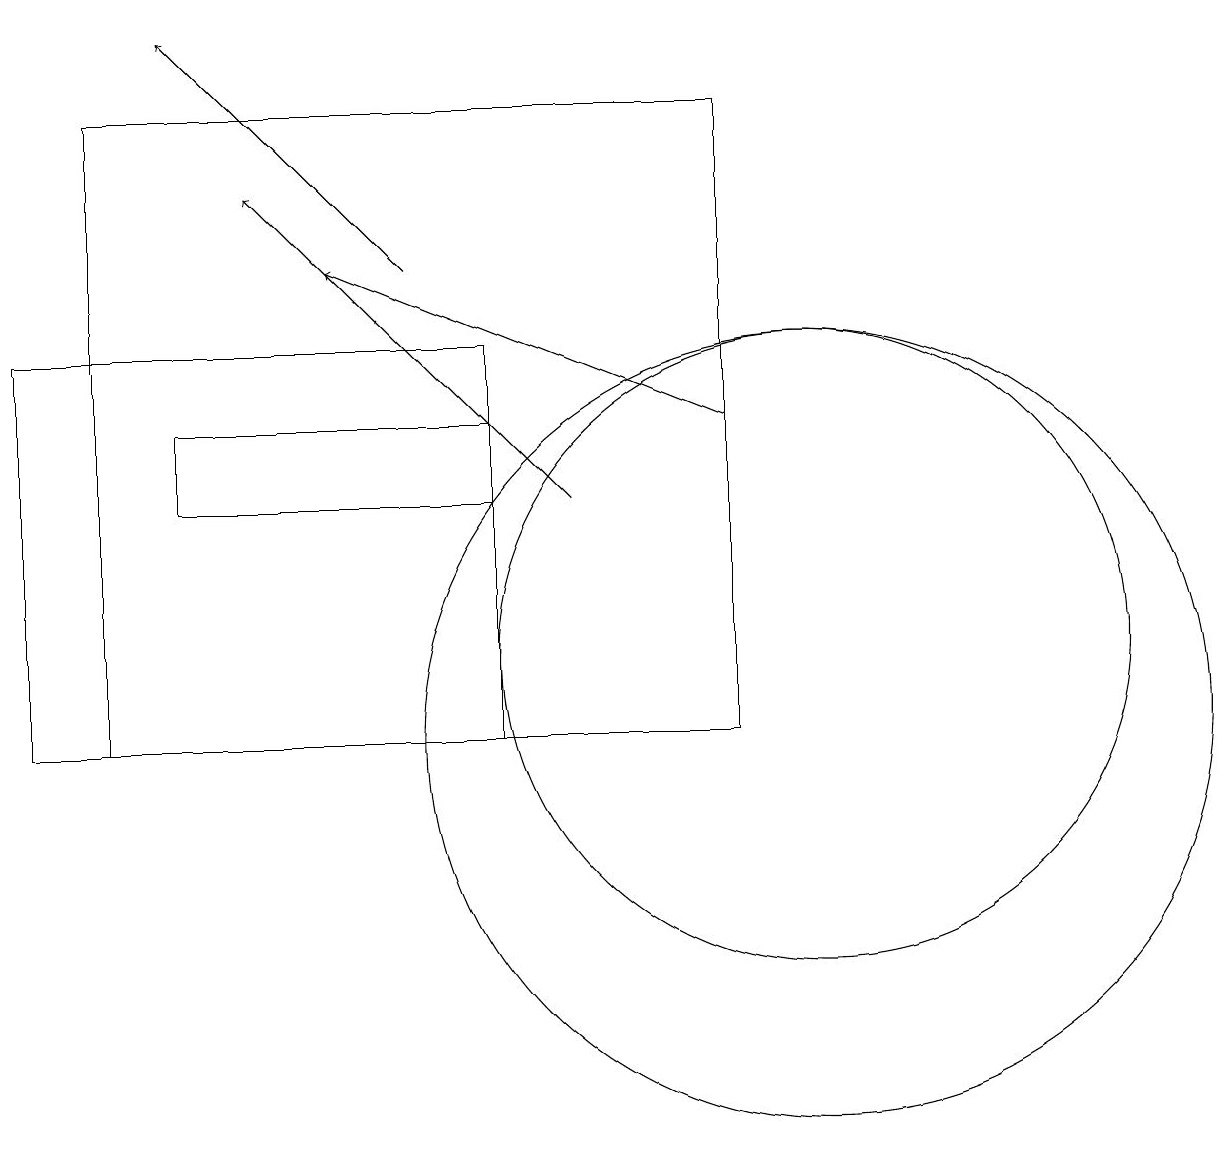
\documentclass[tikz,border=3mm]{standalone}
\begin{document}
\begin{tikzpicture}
\draw[->] (9,14) -- (4,16);
\draw (10,11) circle (4);
\draw (9,10) rectangle (1,18);
\draw[->] (5,16) -- (2,19);
\draw[->] (7,13) -- (3,17);
\draw (6,10) rectangle (0,15);
\draw (2,14) rectangle (6,13);
\draw (10,10) circle (5);
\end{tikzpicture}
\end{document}